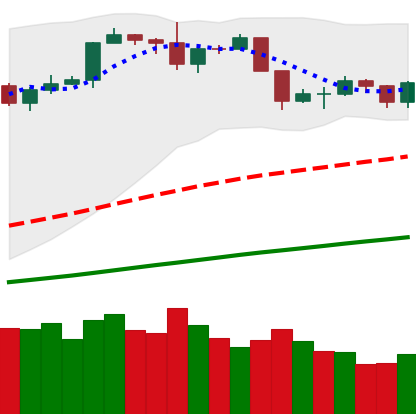
Ticker: BTC-USD
Chart end date: 2019-06-10
Forward return: 10.475%
Label: up_7plus